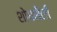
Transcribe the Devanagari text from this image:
शोधशैली